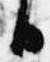
日